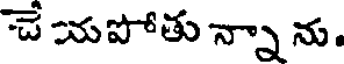
చే యపోతు న్నా ను.